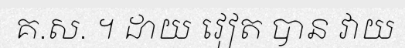
គ.ស. ។ ដាយ វៀត បាន វាយ